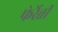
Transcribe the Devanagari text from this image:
फेर्रेत्ती